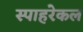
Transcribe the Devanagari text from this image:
स्पाहरेकल